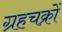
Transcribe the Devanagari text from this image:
ग्रहचक्रों